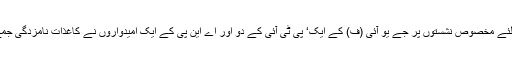
اقلیتوں کیلئے مخصوص نشستوں پر جے یو آئی (ف) کے ایک‘ پی ٹی آئی کے دو اور اے این پی کے ایک امیدواروں نے کاغذات نامزدگی جمع کرائے۔